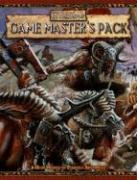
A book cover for Warhammer Fantasy Roleplay Game Master's Pack; Green Ronin; Science Fiction & Fantasy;